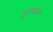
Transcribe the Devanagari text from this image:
ट्कान्सड्यूसर